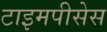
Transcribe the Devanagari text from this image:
टाइमपीसेस